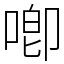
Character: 喞